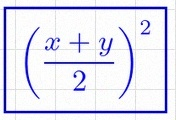
\left(\frac{x+y}{2}\right)^2